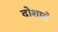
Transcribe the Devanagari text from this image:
दोशाले